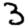
Digit: 3